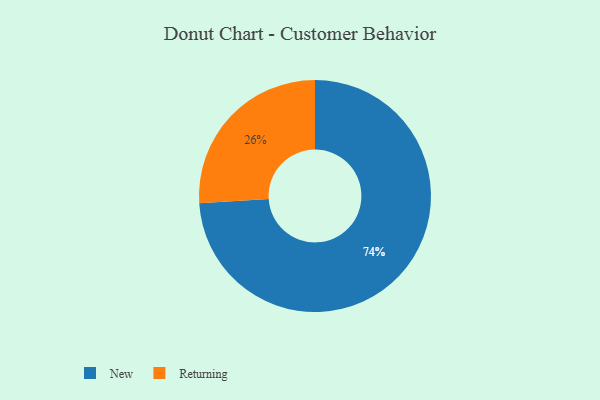
{"axis": {"x": "Category", "y": "Percentage"}, "legend": ["New", "Returning"], "data": [{"x": "Returning", "y": 26, "type": "Returning"}, {"x": "New", "y": 74, "type": "New"}]}